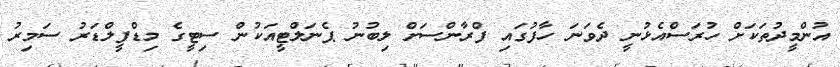
އުންމީދުތަކަށް ހުރަސްއެޅުނީ ދެވަނަ ހާފުގައި ފްރާންސަށް ލިބުނު ޕެނަލްޓީއަކުން ސިޓީގެ މިޑްފީލްޑަރު ސަމިރު